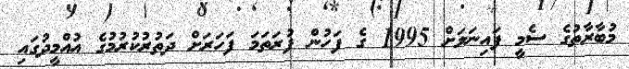
މުބާރާތުގެ ސެމީ ފައިނަލަށް 1995 ގެ ފަހުން ފުރަތަމަ ފަހަރަށް ދަތުރުކުރުމުގެ އުއްމީދުގައި